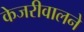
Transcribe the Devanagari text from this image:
केजरीवालने